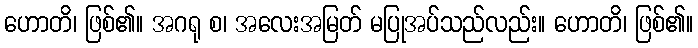
ဟောတိ၊ ဖြစ်၏။ အဂရု စ၊ အလေးအမြတ် မပြုအပ်သည်လည်း။ ဟောတိ၊ ဖြစ်၏။